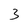
Character: 3